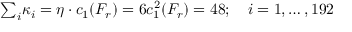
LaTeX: \textstyle { \sum _ { i } } \kappa _ { i } = \eta \cdot c _ { 1 } ( F _ { r } ) = 6 c _ { 1 } ^ { 2 } ( F _ { r } ) = 4 8 ; \quad i = 1 , \ldots , 1 9 2